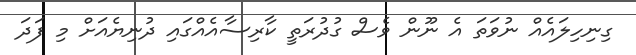
ގިނިހިލައެއް ނުވަތަ އެ ނޫން ވެސް ގުދުރަތީ ކާރިސާއެއްގައި ދުނިޔެއަށް މި ފަދަ